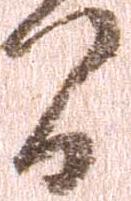
間